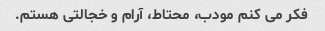
فکر می کنم مودب، محتاط، آرام و خجالتی هستم.